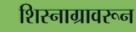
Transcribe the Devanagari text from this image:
शिस्नाग्रावरून